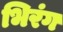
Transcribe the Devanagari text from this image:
भिरंग